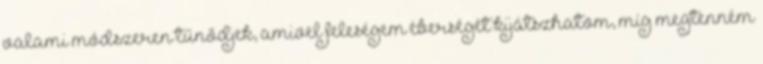
valami módszeren tűnődjek, amivel feleségem éberségét kijátszhatom, míg megtenném